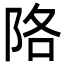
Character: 䧄